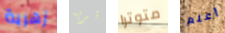
زهرية تريه متوترا أعلم